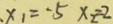
、 x _ { 1 } = - 5 x _ { 2 } = 2